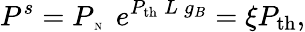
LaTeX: P^{s}={P_{\tiny\mathrm{\: N}}}\: \: e^{P_{\mathrm{th}}\: L\: g_{B}}=\xi P_{\mathrm{th}},